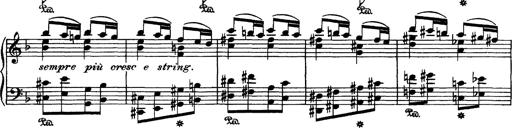
Title: Hungarian Rhapsody No.7
Composer: Franz Liszt
Key: D minor